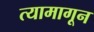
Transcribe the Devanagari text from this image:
त्यामागून